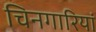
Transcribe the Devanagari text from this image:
चिनगारियां